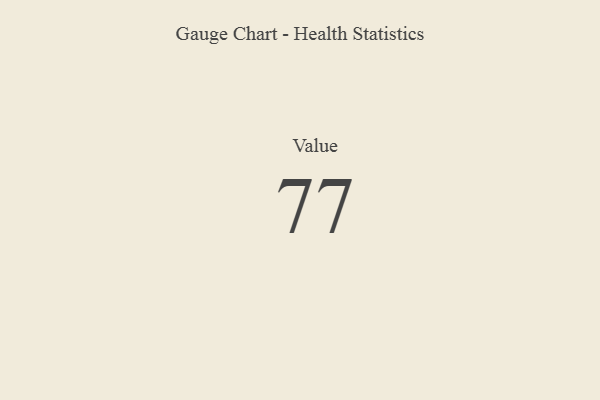
{"axis": {"x": "Metric", "y": "Value"}, "legend": [""], "data": [{"x": "Value", "y": 77, "type": ""}]}